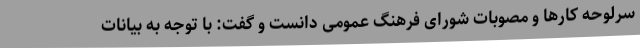
سرلوحه کارها و مصوبات شورای فرهنگ عمومی دانست و گفت: با توجه به بیانات